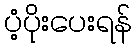
ပံ့ပိုးပေးရန်